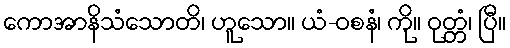
ကောအာနိသံသောတိ၊ ဟူသော။ ယံ-ဝစနံ၊ ကို။ ဝုတ္တံ၊ ပြီ။